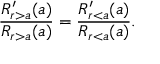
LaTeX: \frac { R _ { r > a } ^ { \prime } ( a ) } { R _ { r > a } ( a ) } = \frac { R _ { r < a } ^ { \prime } ( a ) } { R _ { r < a } ( a ) } .